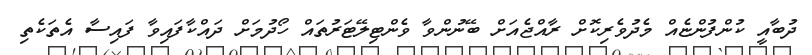
ދުބާއީ ކުންފުންޏެއް މެދުވެރިކޮށް ރާއްޖެއަށް ބޭނުންވާ ވެންޓިލޭޓަރުތައް ހޯދުމަށް ދައްކާފައިވާ ފައިސާ އެތަކެތި